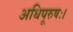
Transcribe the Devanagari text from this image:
अधिपूरुषः।